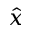
\hat { x }